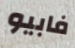
فابيو